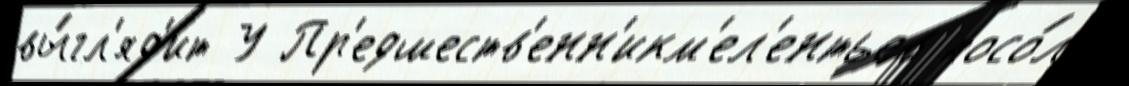
вы́гл'яд'ит У Пр'едшеств'енн'икм'ел'ентьев посо́л